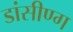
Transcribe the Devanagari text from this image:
डांसीण्ग